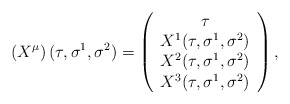
\begin{align*}\left( X^{\mu}\right) (\tau,\sigma^1,\sigma^2) = \left( \begin{array}{c}\tau \\ X^1(\tau,\sigma^1,\sigma^2) \\ X^2(\tau,\sigma^1,\sigma^2) \\X^3(\tau,\sigma^1,\sigma^2)\end{array} \right),\end{align*}